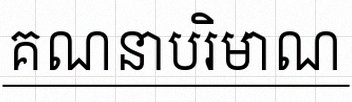
គណនាបរិមាណ